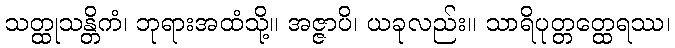
သတ္ထုသန္တိကံ၊ ဘုရားအထံသို့။ အဇ္ဇာပိ၊ ယခုလည်း။ သာရိပုတ္တတ္ထေရဿ၊